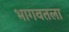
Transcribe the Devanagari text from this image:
भागवतला